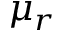
\mu _ { r }